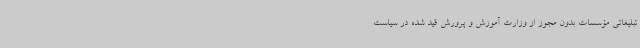
تبلیغاتی مؤسسات بدون مجوز از وزارت آموزش و پرورش قید شده در سیاست